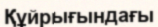
Құйрығындағы